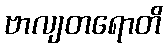
ဗာလျတရောတိ